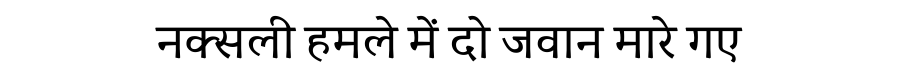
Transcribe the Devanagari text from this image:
नक्सली हमले में दो जवान मारे गए